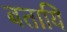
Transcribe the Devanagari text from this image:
बतायि